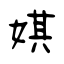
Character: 娸